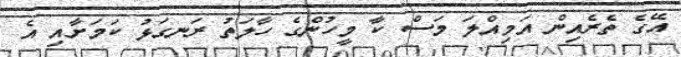
އޭގެ ތެރެއިން އަމިއްލަ މަސް ކާ މީހުންގެ ހާލަތު ރަނގަޅު ކަމަށާއި އެ